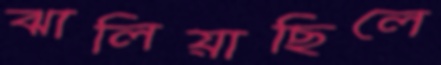
ঝালিয়াছিলে